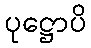
ပုဋ္ဌောပိ